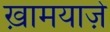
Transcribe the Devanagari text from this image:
ख़ामयाजे़